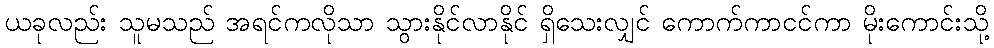
ယခုလည်း သူမသည် အရင်ကလိုသာ သွားနိုင်လာနိုင် ရှိသေးလျှင် ကောက်ကာငင်ကာ မိုးကောင်းသို့